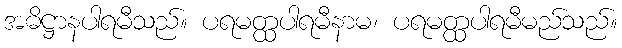
အဓိဋ္ဌာနပါရမီသည်။ ပရမတ္ထပါရမီနာမ၊ ပရမတ္ထပါရမီမည်သည်။